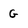
Character: G